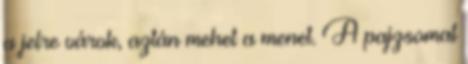
a jelre várok, aztán mehet a menet. A pajzsomat